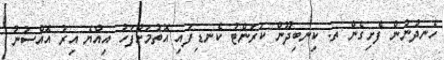
ހެނދުނުން ފެށިގެން ތ. ކިނބިދޫން ކަރަންޓު ކެނޑިފައި އޮތުމަށްފަހު އިއްޔެ އިރު އޮއްސުނު